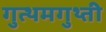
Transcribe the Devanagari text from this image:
गुत्थमगुथ्ती